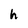
Character: h